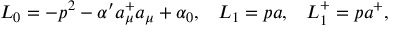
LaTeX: L _ { 0 } = - p ^ { 2 } - \alpha ^ { \prime } a _ { \mu } ^ { + } a _ { \mu } + \alpha _ { 0 } , \; \; \; L _ { 1 } = p a , \; \; \; L _ { 1 } ^ { + } = p a ^ { + } ,